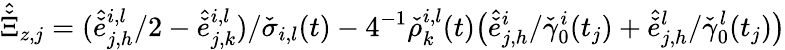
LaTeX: \hat{\check{\Xi}}_{z,j}=(\hat{\check{e}}_{j,h}^{i,l}/2-\hat{\check{e}}_{j,k}^{i,l})/\check{\sigma}_{i,l}(t)-4^{-1}\check{\rho}_{k}^{i,l}(t)\big(\hat{\check{e}}_{j,h}^{i}/\check{\gamma}_{0}^{i}(t_{j})+\hat{\check{e}}_{j,h}^{l}/\check{\gamma}_{0}^{l}(t_{j})\big)